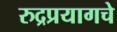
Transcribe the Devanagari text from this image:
रुद्रप्रयागचे